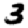
Digit: 3